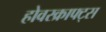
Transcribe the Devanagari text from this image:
होवरक्राफ्ट्स